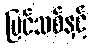
ပြင်သစ်နှင့်